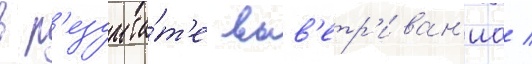
в р'езульта́т'е выв'етр'иван'иа /